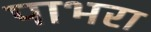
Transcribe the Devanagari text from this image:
पाभरा